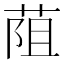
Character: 𦯓